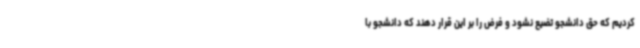
کردیم که حق دانشجو تضیع نشود و فرض را بر این قرار دهند که دانشجو با